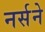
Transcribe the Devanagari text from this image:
नर्सने